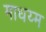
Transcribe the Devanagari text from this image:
माधय्म